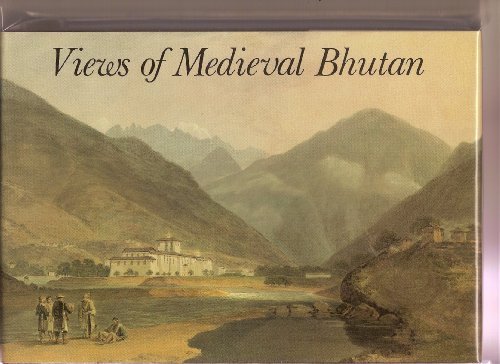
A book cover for VIEW OF MEDIEVAL BHUTAN; M. Aris; Travel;